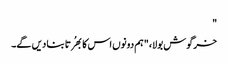
"
خرگوش بولا، "ہم دونوں اس کا بھُرتا بنا دیں گے۔